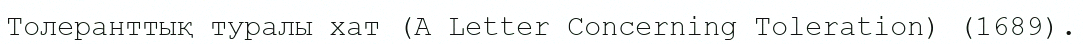
Толеранттық туралы хат (A Letter Concerning Toleration) (1689).